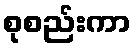
စုစည်းကာ